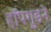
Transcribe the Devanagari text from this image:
हॉपगुडने